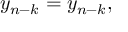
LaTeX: y _ { n - k } = y _ { n - k } ,